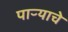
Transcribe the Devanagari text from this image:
पाऱ्याचे